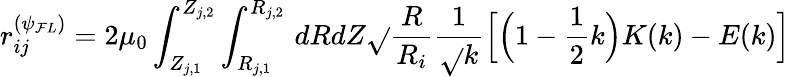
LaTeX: r_{ij}^{(\psi_{\mathcal{F}L})}=2\mu_{0}\int_{Z_{j,1}}^{Z_{j,2}}\int_{R_{j,1}}^{R_{j,2}}\, dRdZ\sqrt{}{{\frac{{R}}{{R_{i}}}}}\frac{{1}}{{\sqrt{}{{k}}}}\Big[\Big(1-\frac{{1}}{{2}}k\Big)K(k)-E(k)\Big]